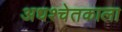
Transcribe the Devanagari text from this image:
अधश्चेतकाला